Vaccination in Burma 1900-1911 - 1900-1911
Year: 1900
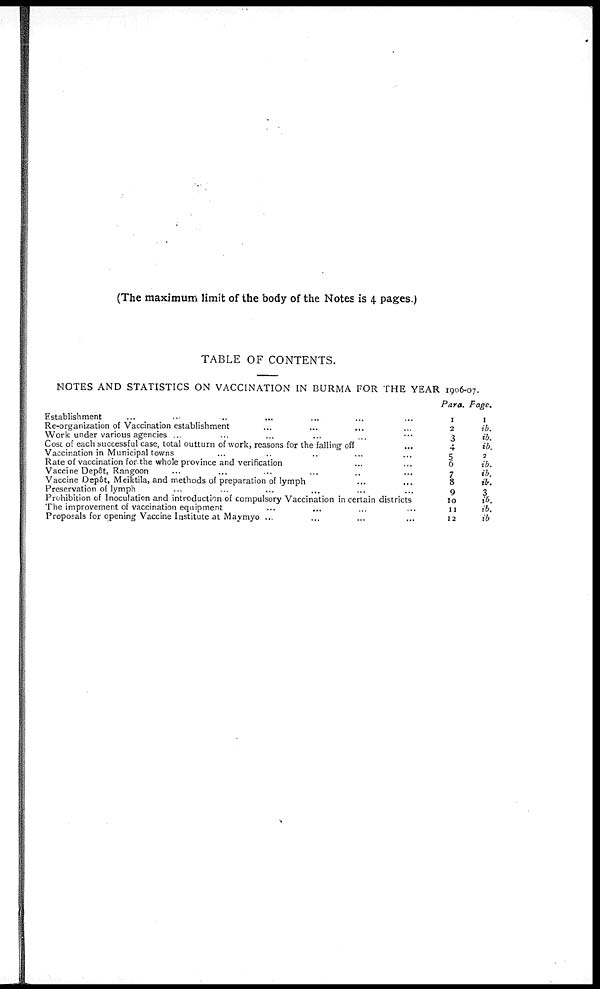
(The maximum limit of the body of the Notes is 4 pages.)
TABLE OF CONTENTS.
NOTES AND STATISTICS ON VACCINATION IN BURMA FOR THE YEAR 1906-07.
Establishment ... ... ... ... ... ... ...
Re-organization of Vaccination establishment ... ... ... ...
Work under various agencies ... ... ... ... ... ...
Cost of each successful case, total outturn of work, reasons for the falling off
...
Vaccination in Municipal towns ... ... ... ... ...
Rate of vaccination for the whole province and verification ... ...
Vaccine Depôt, Rangoon ... ... ... ... ... ...
Vaccine Depôt, Meiktila, and methods of preparation of lymph ... ...
Preservation of lymph ... ... ... ... ... ...
Prohibition of Inoculation and introduction of compulsory Vaccination in certain districts
The improvement of vaccination equipment ... ... ... ...
Proposals for opening Vaccine Institute at Maymyo ... ... ... ...
Para.
1
2
3
4
5
6
7
8
9
10
11
12
Page.
1
ib.
ib.
ib.
3
ib.
ib.
ib.
3
it.
ib.
ib